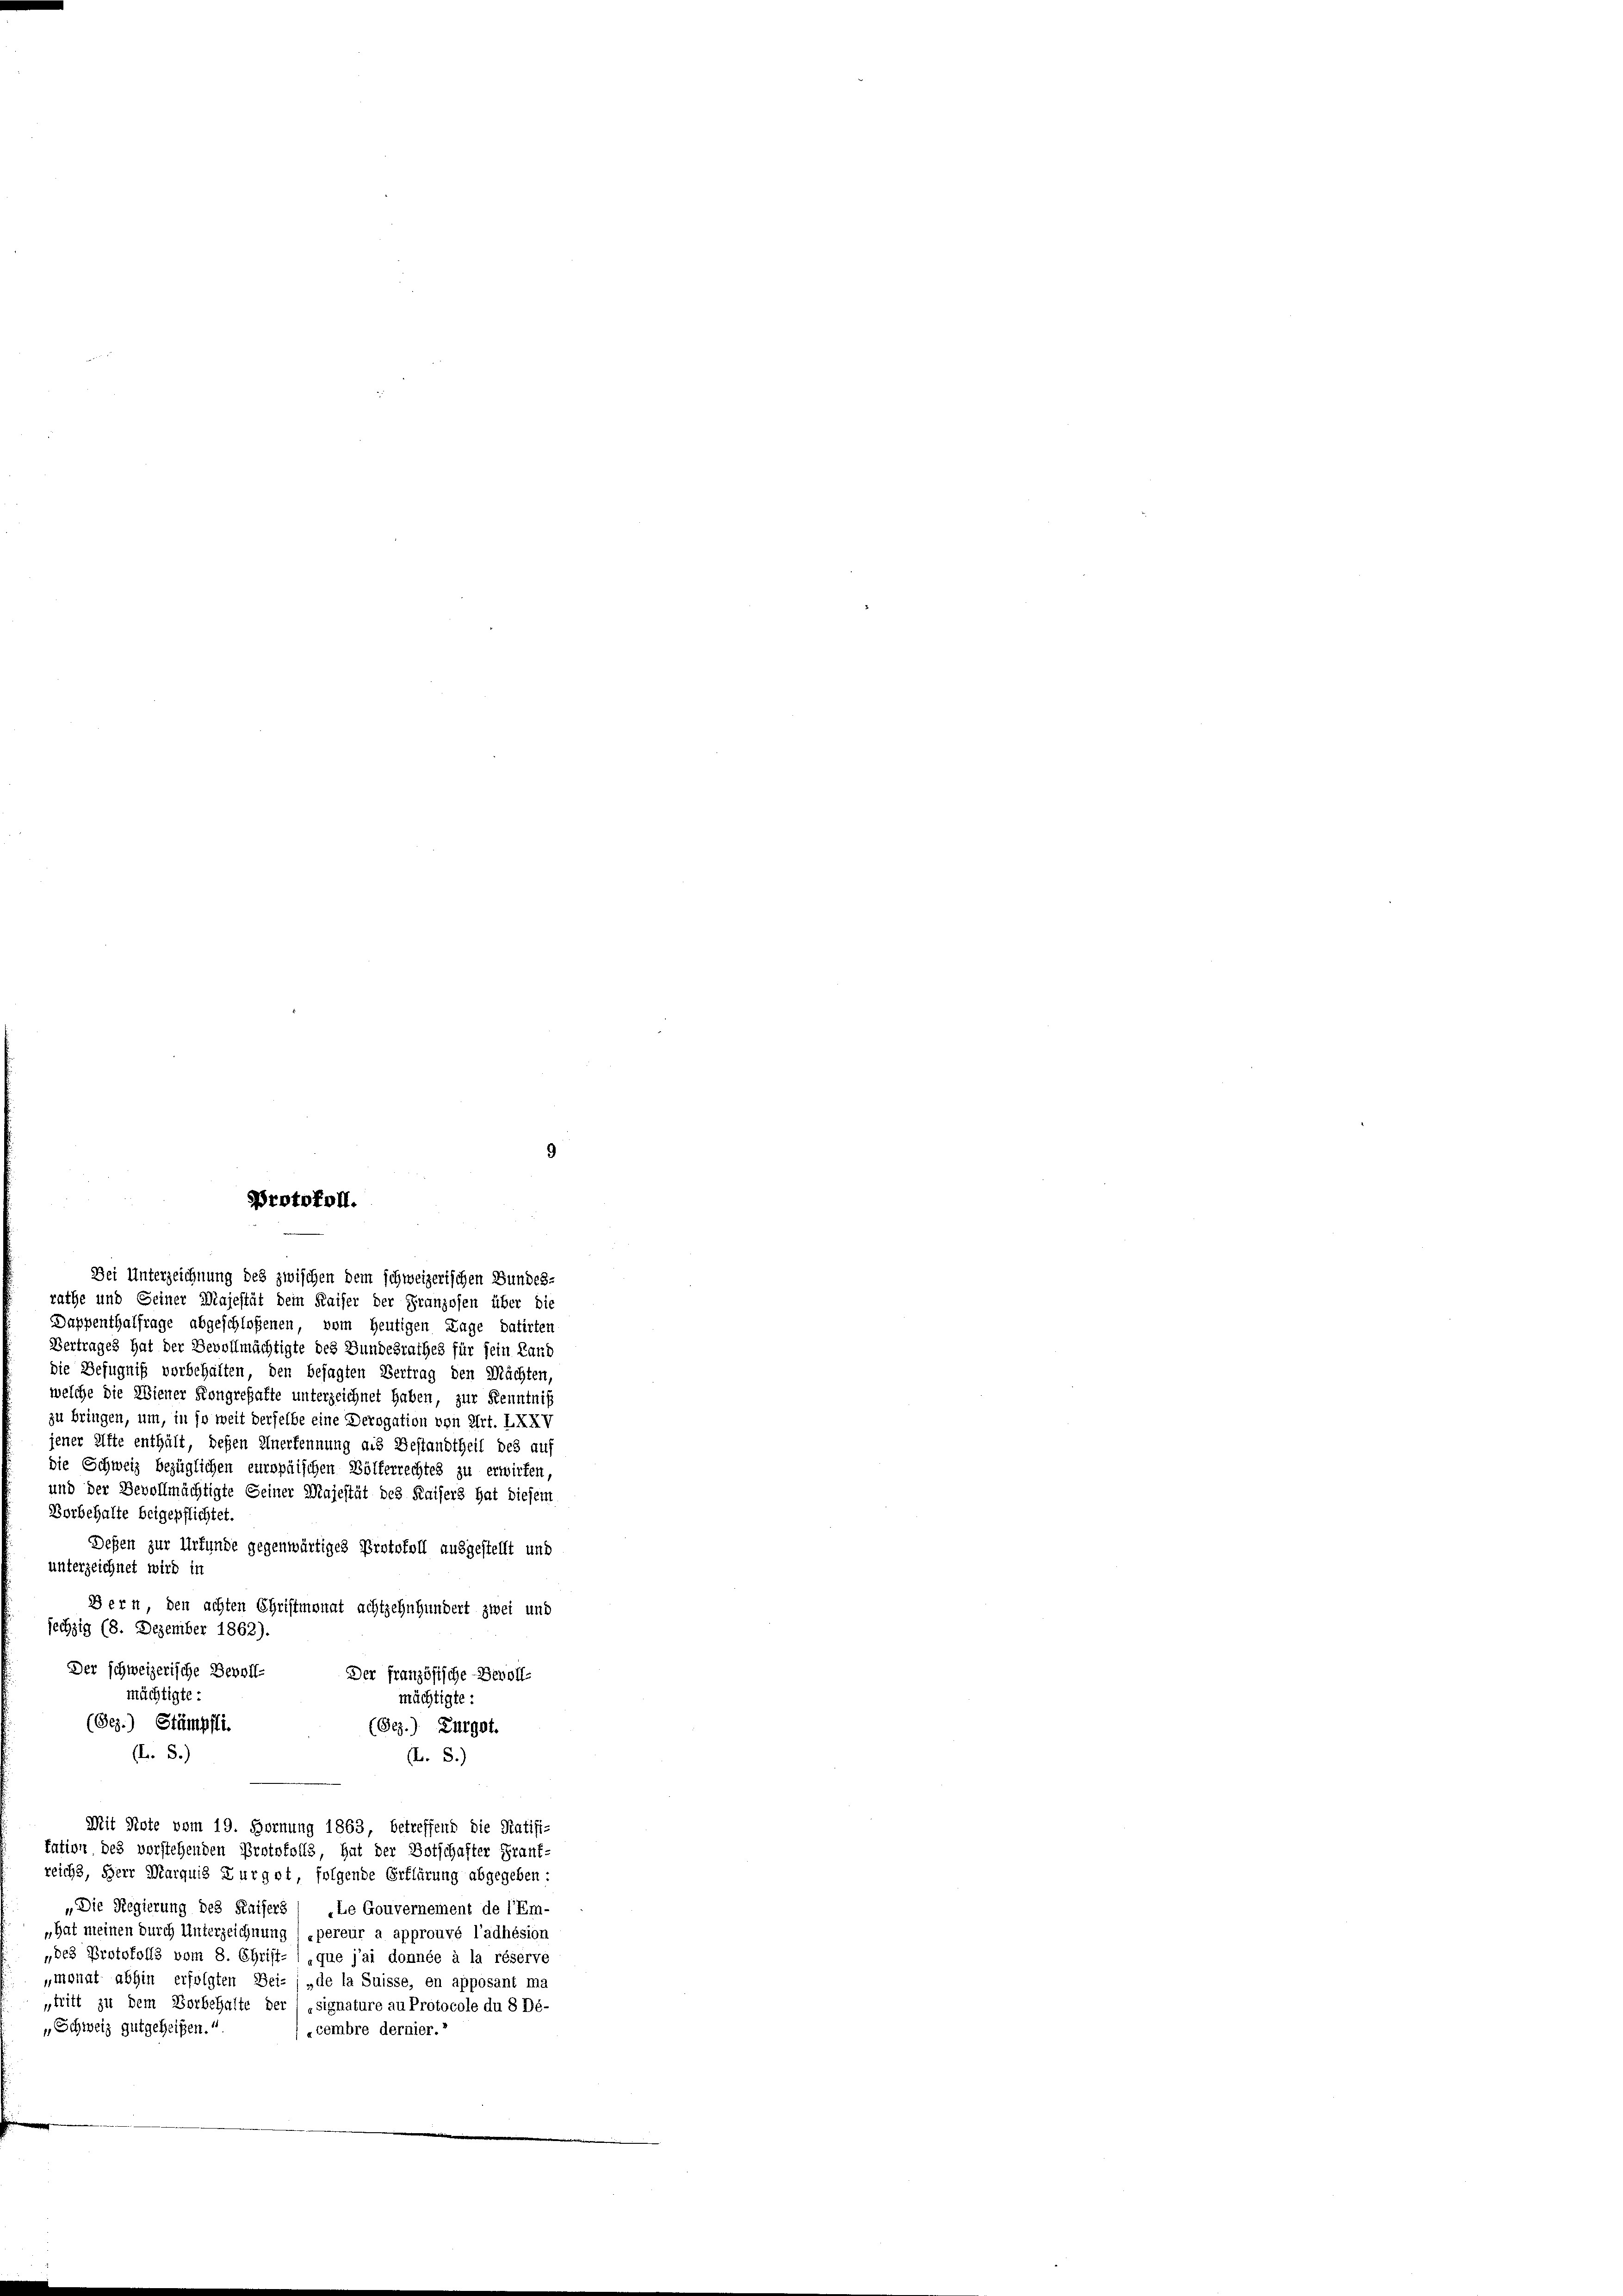
rathe und Seiner Majestät dem Kaiser der Franzosen über die
Dappenthalfrage abgeschloßenen, vom heutigen Lage datirten
Vertrages hat der Bevollmächtigte des Bundesrathes für sein Land
die Befugniß vorbehalten, den besagten Vertrag den Mächten,
welche die Wiener Kongrehafte unterzeichnet haben, zur Kenntniß
zu bringen, um, in so weit derselbe eine Derogation von Art. XXXV
jener Elfte enthält, deßen Anerkennung aus Bestandtheil des auf
die Schweiz bezüglichen europäischen Bölferrechtes zu erwirfen
und der Bevollmächtigte Seiner Majestät des Kaisers hat diesem
Borbehalte beigepflichtet.
Defen zur Urfunde gegenwärtiges Protokoll ausgestellt und
unterzeichnet wird in
Bern den achten Christmonat achtzehnhundert zwei und
sechzig (8. Dezember 1862).
Der schweizerische Bevoll-
Der französische Bevollmächtigte:
mächtigte:
(Bez.) Stämpfli
(Gez.) Zurgot.
(L. S.)
(L. S.)
Mit Note vom 19. Hornung 1863 betreffend die Ratifi-
tation des vorstehenden Protokolls, hat der Botschafter Frank-
reichs, Herr Marquis Furgot folgende Erklärung abgegeben:
„Die Regierung des Kaisers
„Le Gouvernement de l’Em-
„Hat meinen durch Unterzeichnung („pereur a approuvé l’adhésion
„des Protokolls vom 8. Christ- 1 que jai donnée à la réserve
monat abhin erfolgten Bei- („de la Suisse, en apposant ma
„tritt zu dem Vorbehalte der
signature au Protocole du 8 Dé-
„Schweiz gutgeheißen.
cembre dernier.
e

Protokoll.

Dei Unterzeichnung des zwischen dem schweizerischen Bundes-

9